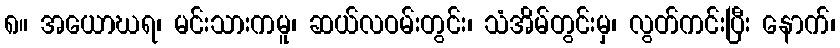
၈။ အယောဃရ၊ မင်းသားကမူ၊ ဆယ်လဝမ်းတွင်း၊ သံအိမ်တွင်းမှ၊ လွတ်ကင်းပြီး နောက်၊